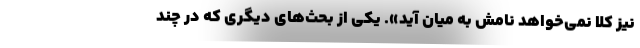
نیز کلا نمی‌خواهد نامش به میان آید». یکی از بحث‌های دیگری که در چند